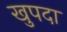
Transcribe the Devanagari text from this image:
खुपदा